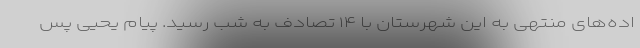
اده‌های منتهی به این شهرستان با ۱۴ تصادف به شب رسید. پیام یحیی پس